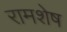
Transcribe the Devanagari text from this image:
रामशेष